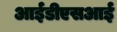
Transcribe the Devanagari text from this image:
आईडीएसआई